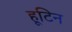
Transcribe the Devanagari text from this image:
हूटिन